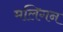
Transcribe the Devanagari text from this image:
मलिगन